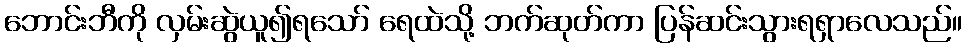
ဘောင်းဘီကို လှမ်းဆွဲယူ၍ရသော် ရေထဲသို့ ဘက်ဆုတ်ကာ ပြန်ဆင်းသွားရရှာလေသည်။